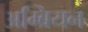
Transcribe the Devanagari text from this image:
अम्ब्रियन